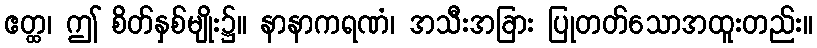
ဧတ္ထ၊ ဤ စိတ်နှစ်မျိုး၌။ နာနာကရဏံ၊ အသီးအခြား ပြုတတ်သောအထူးတည်း။